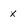
Character: x